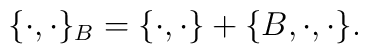
\{\cdot,\cdot\}_B = \{\cdot,\cdot\} + \{B,\cdot,\cdot\}.